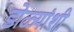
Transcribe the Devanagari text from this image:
डोळ्यांशी